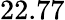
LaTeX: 22.77